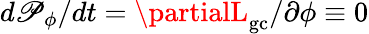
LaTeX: d\mathscr{P}_{\phi}/dt=\partialL_{\mathrm{{gc}}}/\partial\phi\equiv0